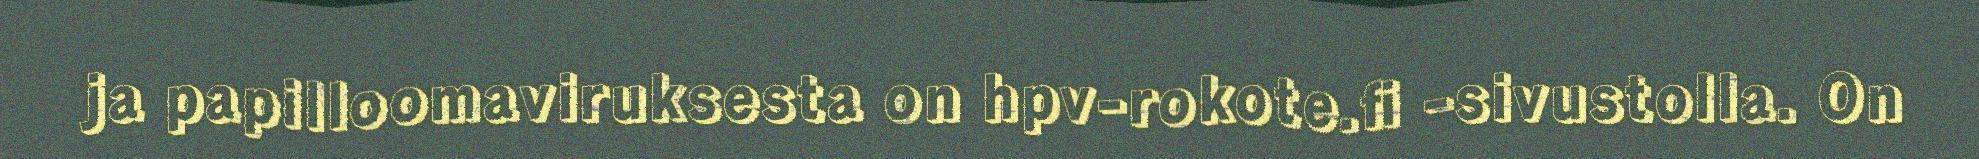
ja papilloomaviruksesta on hpv-rokote.fi -sivustolla. On